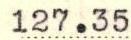
127.35